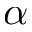
\alpha